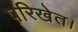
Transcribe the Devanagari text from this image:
परिखेत।